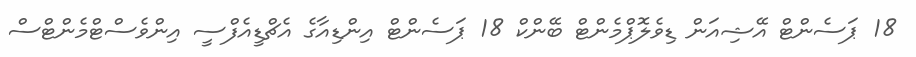
18 ޕަސެންޓް އޭޝިއަން ޑިވެލޮޕްމެންޓް ބޭންކް 18 ޕަސެންޓް އިންޑިއާގެ އެޗްޑީއެފްސީ އިންވެސްޓްމެންޓްސް